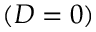
( D = 0 )